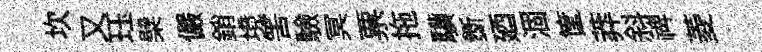
坎又珏檗儼銷境筈驗冥票拖驥斵廼涸筐莽斜禆菱